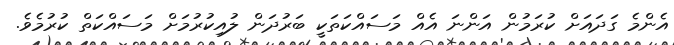
އެންމެ ގަދައަށް ކުރަމުން އަންނަ އެއް މަސައްކަތަކީ ބަރުދަން ލުއިކުރުމަށް މަސައްކަތް ކުރުމެވެ.